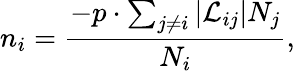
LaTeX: n_{i}=\frac{-p\cdot\sum_{j\neq i}|{\cal L}_{ij}|N_{j}}{N_{i}},